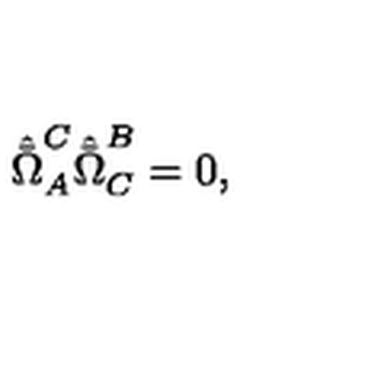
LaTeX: \hat { \bar { \Omega } } _ { A } ^ { C } \hat { \bar { \Omega } } _ { C } ^ { B } = 0 ,